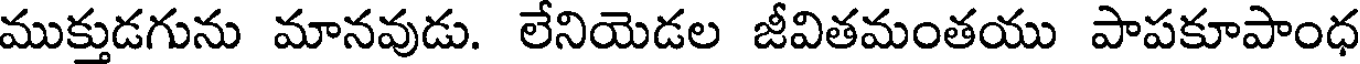
ముక్తుడగును మానవుడు. లేనియెడల జీవితమంతయు పాపకూపాంధ